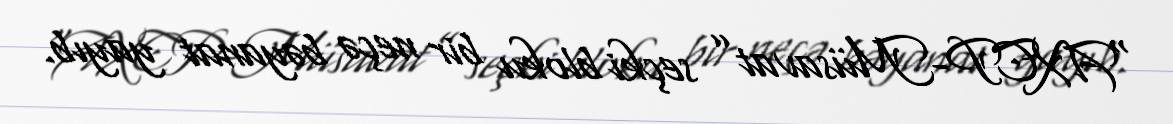
“AXCP-Müsavat” seçki bloku bir neçə bəyanat yayıb.